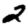
Digit: 2